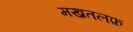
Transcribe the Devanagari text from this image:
मख़तलफ़